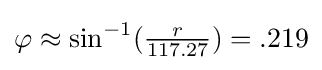
\varphi \approx \sin ^{-1}({\tfrac {r}{117.27}})=.219